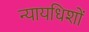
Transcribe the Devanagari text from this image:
न्यायधिशों